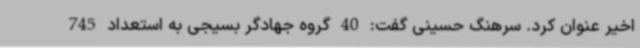
اخیر عنوان کرد. سرهنگ حسینی گفت: 40 گروه جهادگر بسیجی به استعداد 745